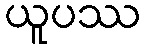
ယူပဿ